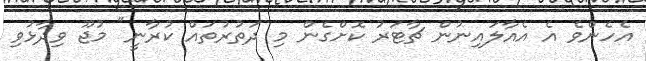
އެހެންވެ އެ އެއާލައިނުން ޗާޓަރު ކޮށްގެން މި ދަތުރުތައް ކުރާނީ" މުޖޫ ވިދާޅުވި